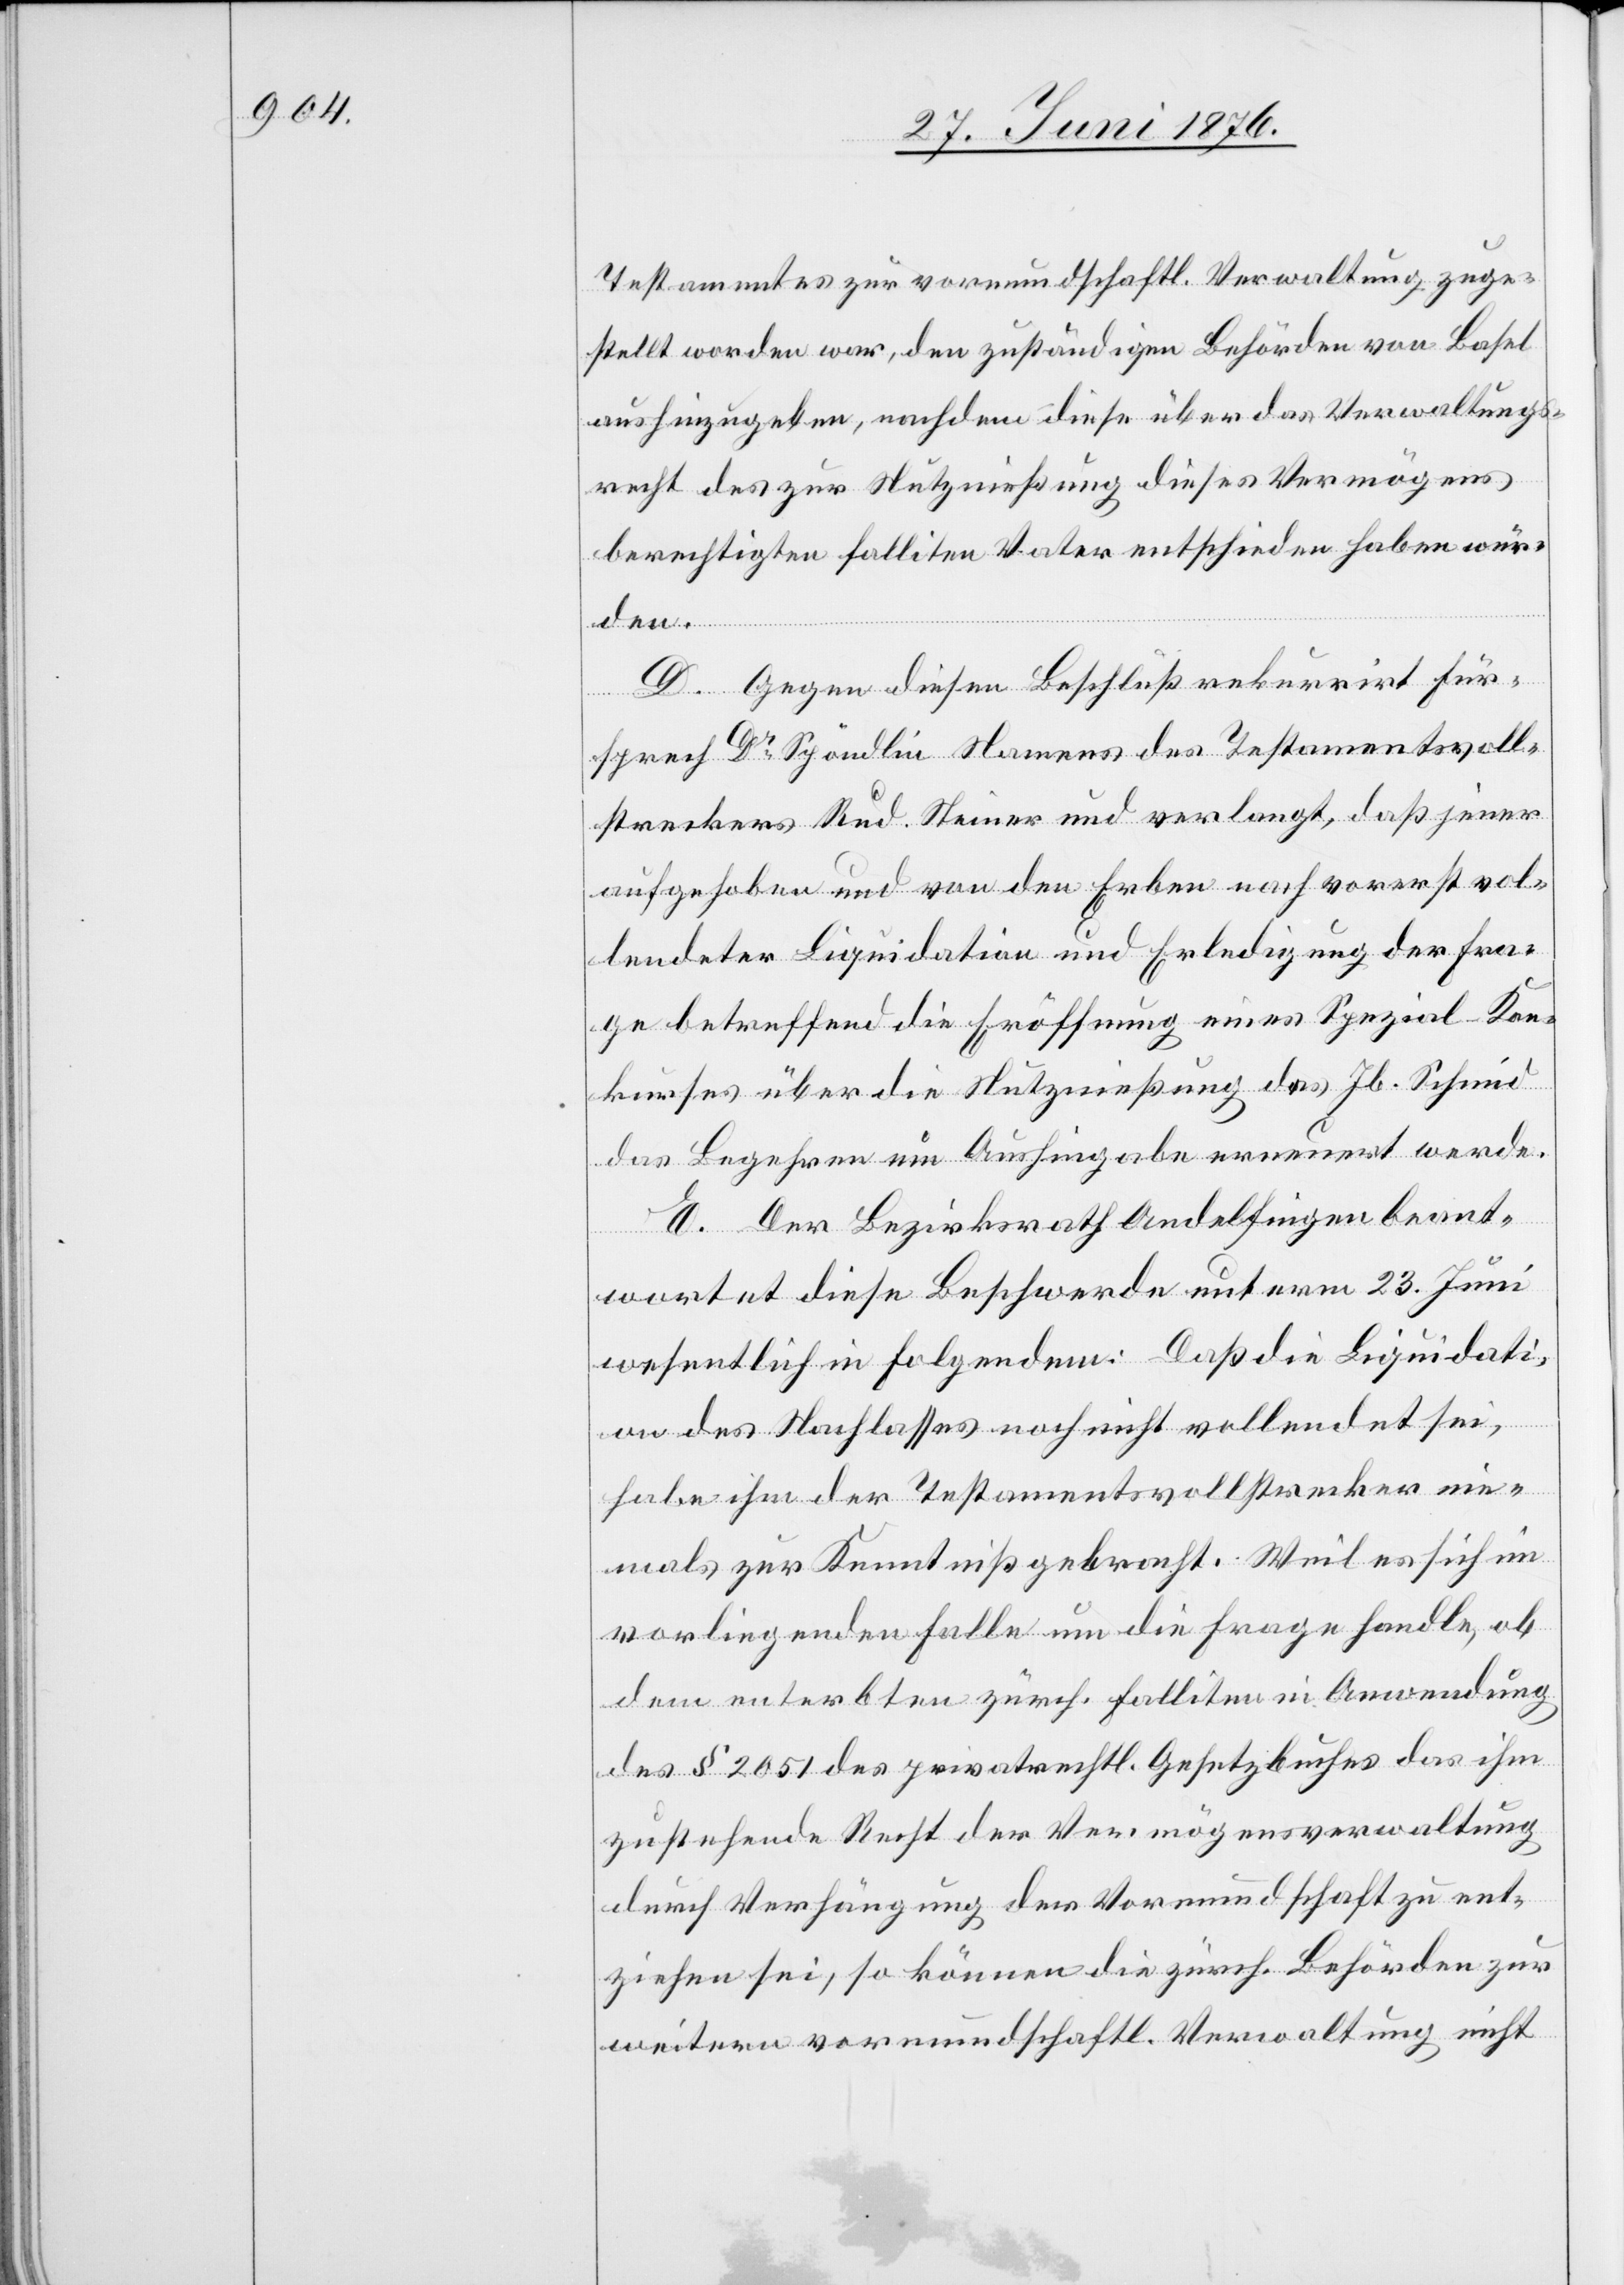
Testamentes zur vormundschaftl. Verwaltung zuge¬
stellt worden war, den zuständigen Behörden von Basel
aushinzugeben, nachdem diese über das Verwaltungs¬
recht des zur Nutznießung dieses Vermögens
berechtigten falliten Vater entschieden haben wür¬
den.
D.
Gegen diesen Beschluß rekurrirt Für¬
sprech Dr Spöndlin Namens des Testamentsvoll¬
streckers Ru. Steiner und verlangt, daß jener
aufgehoben und von den Erben nach vorerst vol¬
lendeter Liquidation und Erledigung der Fra¬
ge betreffend die Eröffnung eines Spezial-Kon¬
kurses über die Nutznießung des Jb. Schmid
das Begehren um Aushingabe erneuert werde.
E. Der Bezirksrath Andelfingen beant¬
wortet diese Beschwerde unterm 23. Juni
wesentlich in Folgendem: Daß die Liquidati¬
on des Nachlasses noch nicht vollendet sei,
habe ihm der Testamentsvollstrecker nie¬
mals zur Kenntniß gebracht. Weil es sich im
vorliegenden Falle um die Frage handle, ob
dem enterbten zürch. Falliten in Anwendung
des § 2051 des privatrechtl. Gesetzbuches das ihm
zustehende Recht der Vermögensverwaltung
durch Verhängung der Vormundschaft zu ent¬
ziehen sei, so können die zürch. Behörden zur
weitern vormundschaftl. Verwaltung nicht